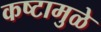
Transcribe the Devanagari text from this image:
कष्टामुळे